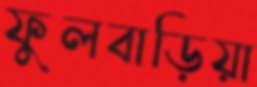
ফুলবাড়িয়া